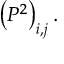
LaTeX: \left( P ^ { 2 } \right) _ { i , j } .